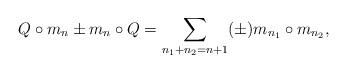
LaTeX: \begin{align*}Q\circ m_n\pm m_n\circ Q = \sum_{n_1+n_2=n+1} (\pm) m_{n_1}\circ m_{n_2},\end{align*}